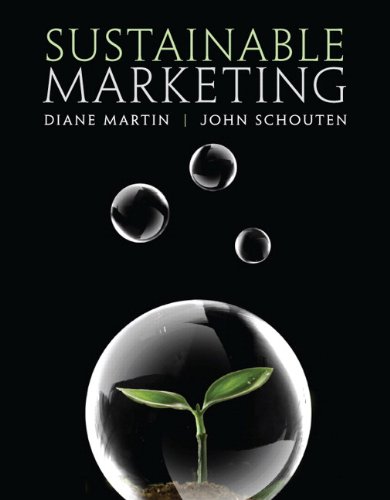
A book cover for Sustainable Marketing; Diane Martin; Business & Money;